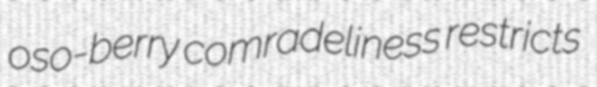
oso-berry comradeliness restricts